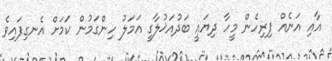
އާއި އަނެއް ފިރިހެން މީހާ ދިޔައީ ބަދުއަޚުލާގީ އަމަލު ހިންގަމުން ކަމަށް އެނގިފައިވެ